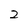
Character: 2